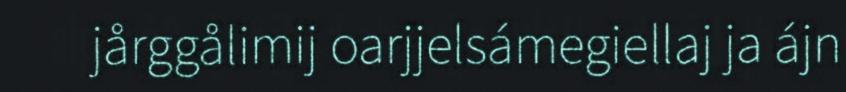
jårggålimij oarjjelsámegiellaj ja ájn